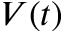
V ( t )